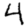
Digit: 4